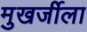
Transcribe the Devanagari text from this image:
मुखर्जीला